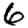
Digit: 6